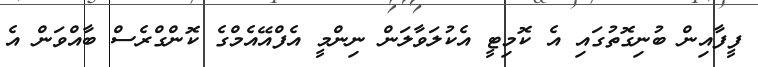
ފީފާއިން ބުނިގޮތުގައި އެ ކޮމިޓީ އެކުލަވާލަން ނިންމީ އެފްއޭއެމްގެ ކޮންގްރެސް ބާއްވަން އެ